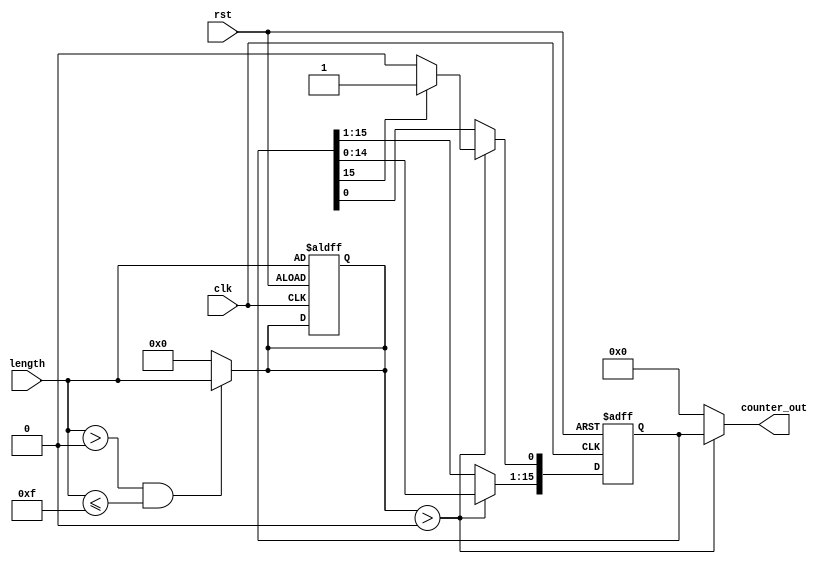
module variable_length_ring_counter (
    input wire clk,               // Clock input
    input wire rst,               // Reset input
    input wire [3:0] length,      // Desired length of the counter (1 to 15)
    output reg [15:0] counter_out  // Output of the counter (max 16 states)
);

    reg [15:0] counter;           // Internal counter register
    reg [3:0] active_length;      // Active length of the counter

    always @(posedge clk or posedge rst) begin
        if (rst) begin
            // On reset, initialize the counter
            counter <= 16'b0000000000000001; // Set the first bit to '1'
            active_length <= length;         // Set the active length
        end else begin
            // Shift the '1' through the counter
            if (active_length > 0) begin
                counter <= {counter[14:0], counter[15]}; // Shift left
                // Wrap around logic
                if (counter[15] == 1'b1) begin
                    counter[0] <= 1'b1; // Wrap to the first bit
                end else begin
                    counter[0] <= 1'b0; // Keep the first bit '0'
                end
            end
        end
    end

    // Control logic for the active length
    always @(*) begin
        if (length > 0 && length <= 15) begin
            active_length = length; // Set active length based on input
        end else begin
            active_length = 4'b0000; // Disable if length is out of range
        end
    end

    // Output the current state of the counter based on active length
    always @(*) begin
        counter_out = 16'b0; // Default output
        if (active_length > 0) begin
            counter_out = counter; // Output the current counter state
        end
    end

endmodule